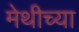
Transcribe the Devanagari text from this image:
मेथीच्या